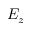
E _ { z }